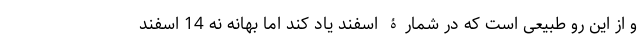
و از این رو طبیعی است که در شمارۀ اسفند یاد کند اما بهانه نه 14 اسفند